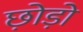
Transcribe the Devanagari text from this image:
छो़ड़ो